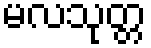
မလသုတ္တ